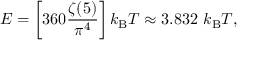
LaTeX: E = \left[ 3 6 0 { \frac { \zeta ( 5 ) } { \pi ^ { 4 } } } \right] k _ { \mathrm { B } } T \approx 3 . 8 3 2 \ k _ { \mathrm { B } } T ,